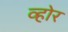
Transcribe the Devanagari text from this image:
व्होर